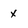
Character: x